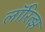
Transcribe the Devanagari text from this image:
लॉरित्झ